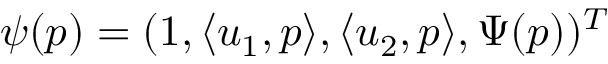
\psi ( p ) = ( 1 , \langle u _ { 1 } , p \rangle , \langle u _ { 2 } , p \rangle , \Psi ( p ) ) ^ { T }